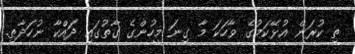
ތި ކުރަން އުޅޭކަމުގެ ވާހަކަ މާ ގިނަ މީހުންގެ ގާތުގައި ދައްކާ ނުހަދާތި.